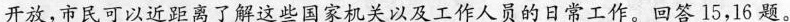
开放，市民可以近距离了解这些国家机关以及工作人员的日常工作。回答15，16题。